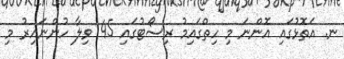
ނ. އަތޮޅުގައި އޮންނަ މި ހިތްގައިމު ރިސޯޓުގައި 45 ވިލާ ހުންނައިރު މި